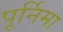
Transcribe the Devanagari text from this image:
पूर्निमा